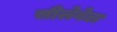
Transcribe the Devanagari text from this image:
सीलेवेल